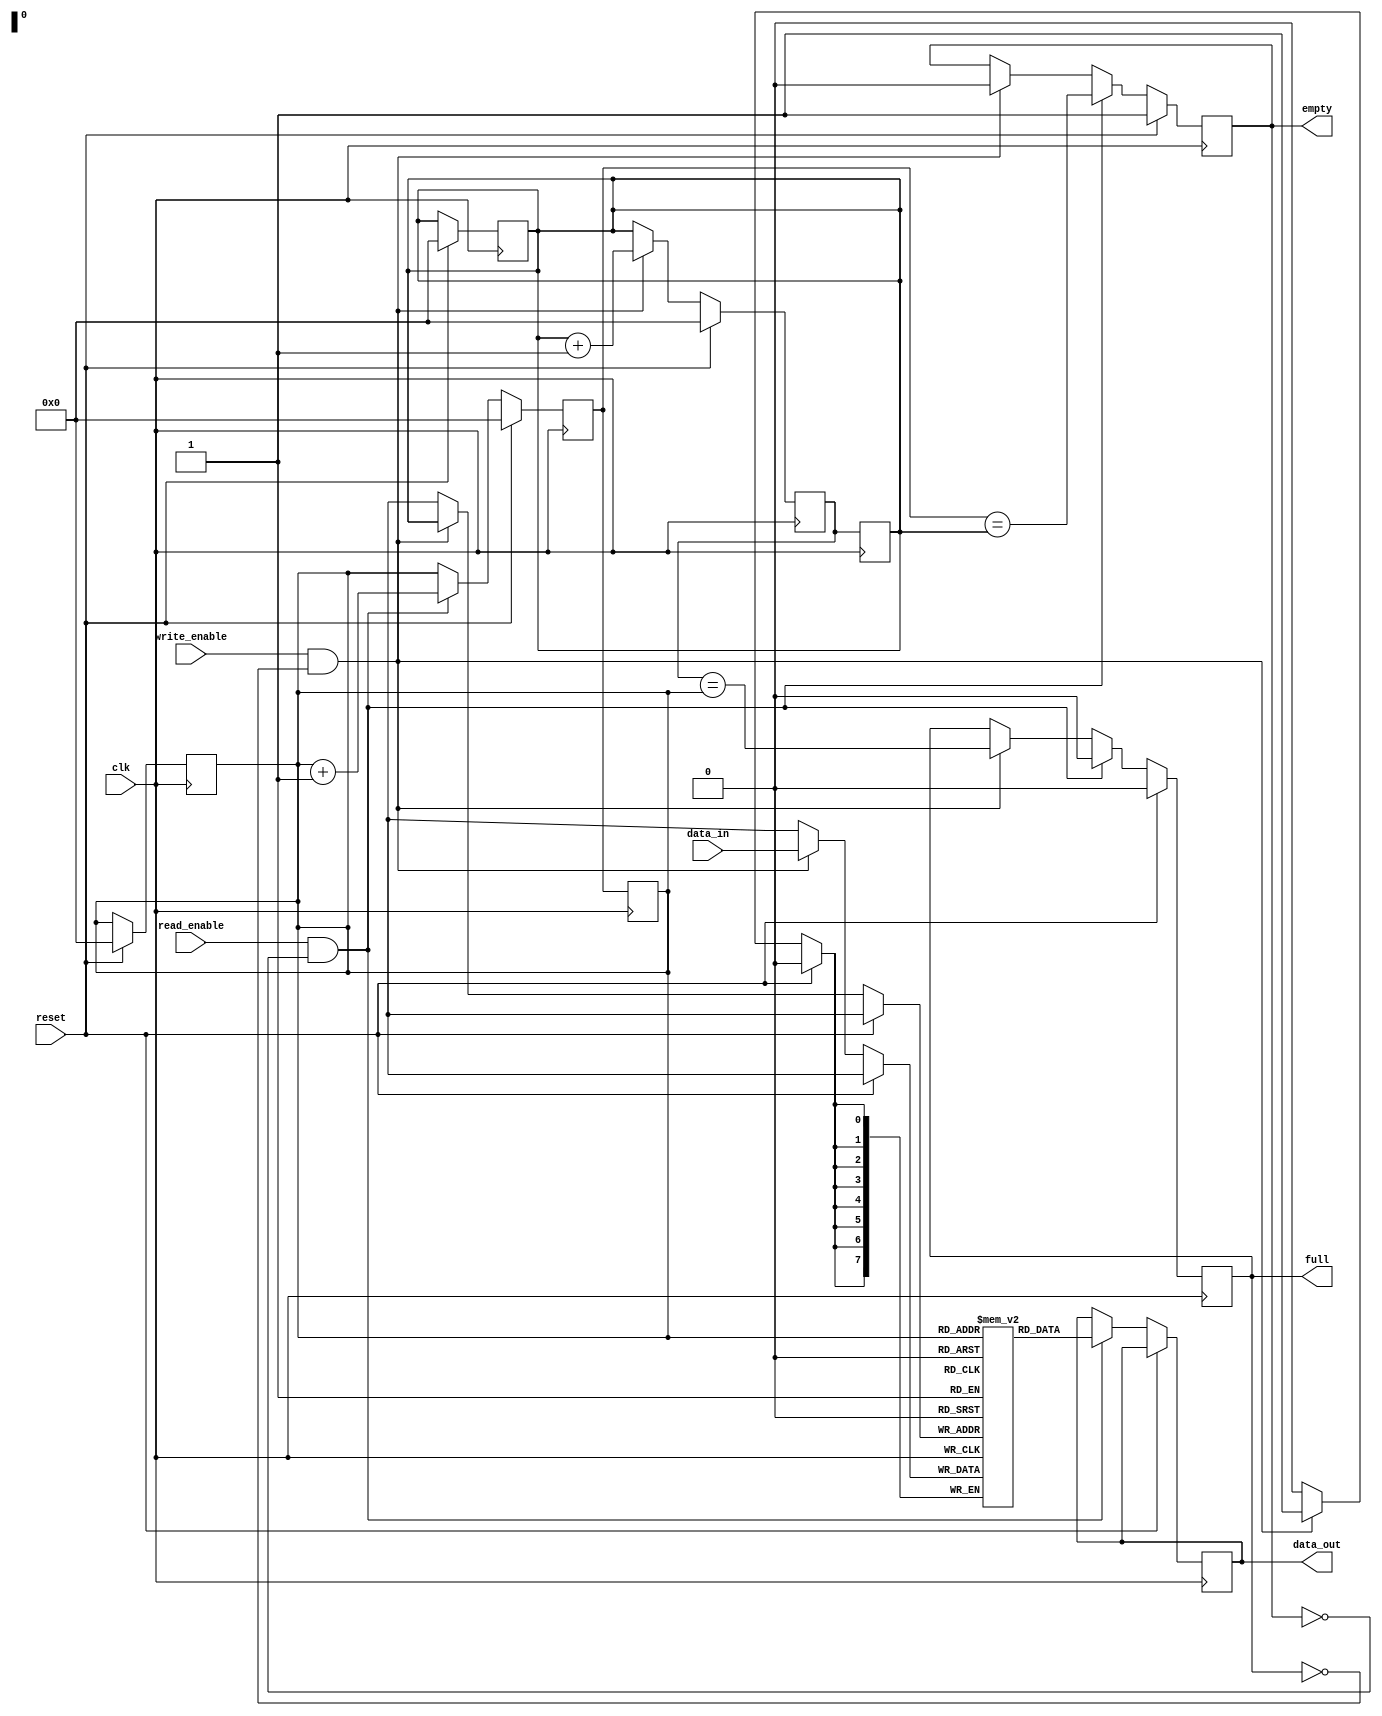
module synchronous_fifo (
    input wire clk,
    input wire reset,
    input wire write_enable,
    input wire read_enable,
    input wire [7:0] data_in,
    output reg [7:0] data_out,
    output reg full,
    output reg empty
);

reg [7:0] memory [0:255];
reg [7:0] read_pointer;
reg [7:0] write_pointer;
reg [7:0] next_read_pointer;
reg [7:0] next_write_pointer;

always @(posedge clk) begin
    if (reset) begin
        read_pointer <= 0;
        write_pointer <= 0;
        next_read_pointer <= 0;
        next_write_pointer <= 0;
        full <= 0;
        empty <= 1;
    end
    else begin
        if (write_enable && !full) begin
            memory[write_pointer] <= data_in;
            next_write_pointer <= write_pointer + 1;
            full <= (next_write_pointer == read_pointer);
            empty <= 0;
        end
        else begin
            next_write_pointer <= write_pointer;
        end

        if (read_enable && !empty) begin
            data_out <= memory[read_pointer];
            next_read_pointer <= read_pointer + 1;
            full <= 0;
            empty <= (next_read_pointer == write_pointer);
        end
        else begin
            next_read_pointer <= read_pointer;
        end
    end
end

always @(posedge clk) begin
    read_pointer <= next_read_pointer;
    write_pointer <= next_write_pointer;
end

endmodule